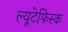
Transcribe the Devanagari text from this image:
ल्यूटेफिस्क